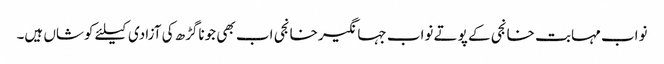
نواب مہابت خانجی کے پوتے نواب جہانگیر خانجی اب بھی جوناگڑھ کی آزادی کیلئے کوشاں ہیں۔